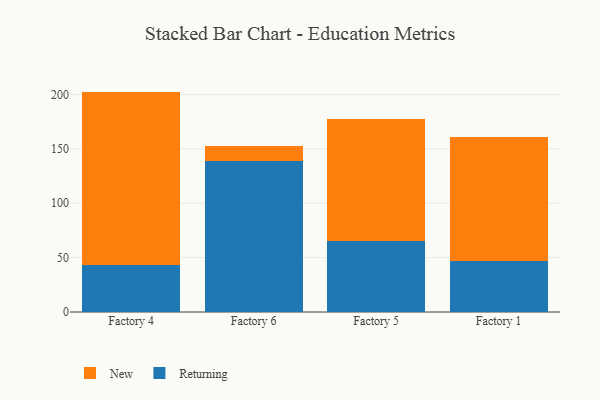
{"axis": {"x": "Factory", "y": "Satisfaction Score"}, "legend": ["New", "Returning"], "data": [{"x": "Factory 4", "y": 42.9, "type": "Returning"}, {"x": "Factory 4", "y": 159.7, "type": "New"}, {"x": "Factory 6", "y": 138.7, "type": "Returning"}, {"x": "Factory 6", "y": 13.5, "type": "New"}, {"x": "Factory 5", "y": 65.3, "type": "Returning"}, {"x": "Factory 5", "y": 112.1, "type": "New"}, {"x": "Factory 1", "y": 46.9, "type": "Returning"}, {"x": "Factory 1", "y": 114.1, "type": "New"}]}